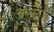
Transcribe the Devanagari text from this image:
अर्स्टेड